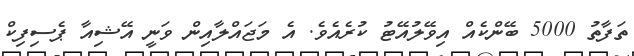
ތަފާތު 5000 ބޭންކެއް އިވޭލުއޭޓު ކުރެއެވެ. އެ މަޖައްލާއިން ވަނީ އޭޝިއާ ޕެސިފިކް